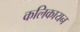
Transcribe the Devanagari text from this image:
कलिकायन